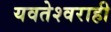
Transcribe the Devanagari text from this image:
यवतेश्वराही